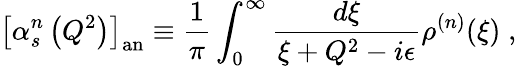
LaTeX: {\left[\alpha_{s}^{n}\left(Q^{2}\right)\right]}_{\mathrm{an}}\equiv\frac{1}{\pi}\int_{0}^{\infty}\frac{d\xi}{\xi+Q^{2}-i\epsilon}\rho^{(n)}(\xi)\; ,